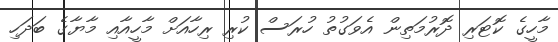
މާހީގެ ކޮޓަރި ދޮރުމަތިން އެވަގުތު ހުރަސް ކުރި ރިހާއަށް މާހީއާއި މާޔާގެ ބަދަހި